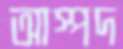
আস্পদ